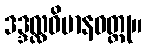
ဒဒ္ဒလ္လဝိမာနဝတ္ထု။